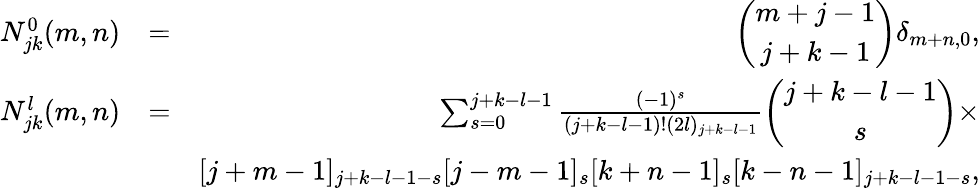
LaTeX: \begin{array}{rlr}{N_{jk}^{0}(m,n)}&{=}&{\left(\begin{array}{cc}{m+j-1}\\ {j+k-1}\end{array}\right)\delta_{m+n,0},}\\ {N_{jk}^{l}(m,n)}&{=}&{\sum_{s=0}^{j+k-l-1}\frac{(-1)^{s}}{(j+k-l-1)!(2l)_{j+k-l-1}}\left(\begin{array}{cc}{j+k-l-1}\\ {s}\end{array}\right)\times}\\ &{}&{[j+m-1]_{j+k-l-1-s}[j-m-1]_{s}[k+n-1]_{s}[k-n-1]_{j+k-l-1-s},}\end{array}